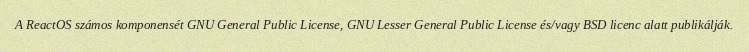
A ReactOS számos komponensét GNU General Public License, GNU Lesser General Public License és/vagy BSD licenc alatt publikálják.